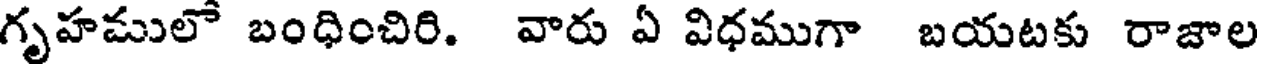
గృహములో బంధించిరి. వారు ఏ విధముగా బయటకు రాజాల